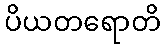
ပိယတရောတိ